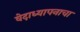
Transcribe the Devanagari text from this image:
वेदाध्यापनाचा